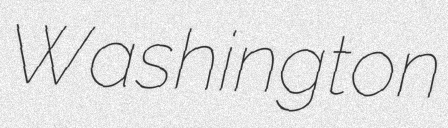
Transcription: Washington